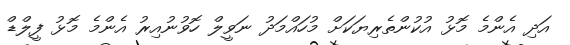
އަދި އެންމެ މޮޅު އުކުންތެރިޔަކަށް މުހައްމަދު ނަވީލް ހޮވުނުއިރު އެންމެ މޮޅު ފީލްޑް